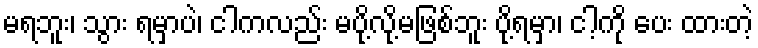
မရဘူး၊ သွား ရမှာပဲ၊ ငါကလည်း မပို့လို့မဖြစ်ဘူး ပို့ရမှာ၊ ငါ့ကို ပေး ထားတဲ့